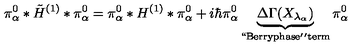
\pi _ { \alpha } ^ { 0 } * \tilde { H } ^ { ( 1 ) } * \pi _ { \alpha } ^ { 0 } = \pi _ { \alpha } ^ { 0 } * H ^ { ( 1 ) } * \pi _ { \alpha } ^ { 0 } + i \hbar \pi _ { \alpha } ^ { 0 } \underbrace { \Delta \Gamma ( X _ { \lambda _ { \alpha } } ) } _ { \mathrm { ` ` B e r r y p h a s e ' ' t e r m } } \pi _ { \alpha } ^ { 0 }